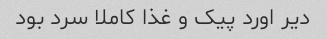
دیر اورد پیک و غذا کاملا سرد بود